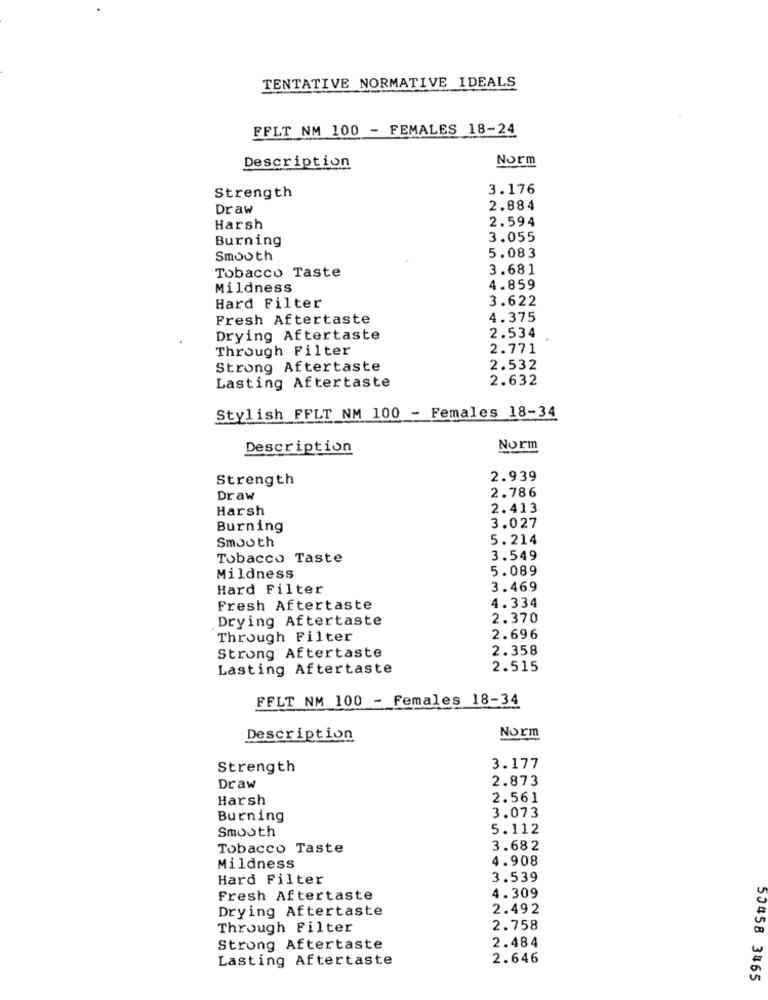
TENTATIVE NORMATIVE IDEALS
FFLT NM 100 - FEMALES 18-24
Norm
Description
3.176
Strength
Draw
2.884
2.594
Harsh
Burning
3.055
Smooth
5.083
3.681
Tobacco Taste
Mildness
4.859
3.622
Hard Filter
Fresh Aftertaste
4.375
Drying Aftertaste
2.534
Through Filter
2.771
Strong Aftertaste
2.532
Lasting Aftertaste
2.632
Stylish FFLT NM 100 - Females 18-34
Description
Norm
Strength
2.939
2.786
Draw
Harsh
2.413
Burning
3.027
Smooth
5.214
Tobacco Taste
3.549
5.089
Mildness
Hard Filter
3.469
4.334
Fresh Aftertaste
Drying Aftertaste
2.370
Through Filter
2.696
Strong Aftertaste
2.358
Lasting Aftertaste
2.515
FFLT NM 100 - Females 18-34
Description
Norm
Strength
3.177
2.873
Draw
Harsh
2.561
Burning
3.073
Smooth
5.112
Tobacco Taste
3.682
4.908
Mildness
Hard Filter
3.539
Fresh Aftertaste
4.309
Drying Aftertaste
2.492
Through Filter
2.758
Strong Aftertaste
2.484
Lasting Aftertaste
2.646
50458 3465